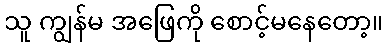
သူ ကျွန်မ အဖြေကို စောင့်မနေတော့။